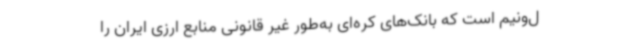
ل‌ونیم است که بانک‌های کره‌ای به‌طور غیر قانونی منابع ارزی ایران را